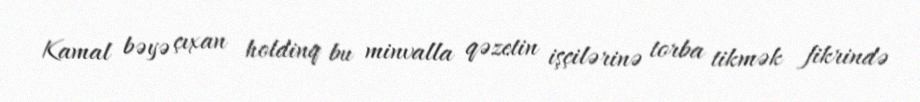
Kamal bəyə çıxan holdinq bu minvalla qəzetin işçilərinə torba tikmək fikrində